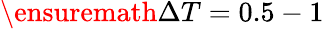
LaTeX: {\ensuremath{\Delta T}=0.5-1}